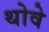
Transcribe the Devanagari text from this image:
थोवे